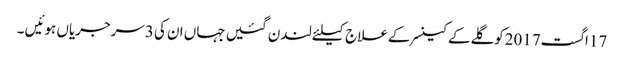
17اگست2017کوگلےکےکینسرکےعلاج کیلئےلندن گئیں جہاں ان کی 3سرجریاں ہوئیں ۔